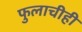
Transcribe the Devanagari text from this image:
फुलाचीही